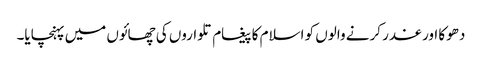
دھوکا اور غدر کرنے والوں کو اسلام کا پیغام تلواروں کی چھائوں میں پہنچایا۔